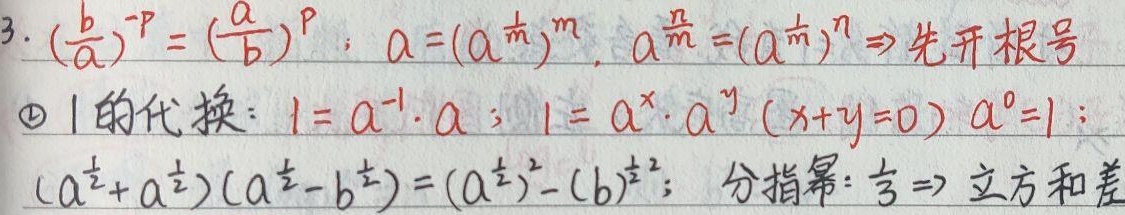
3. \((\frac{b}{a})^{-p}=(\frac{a}{b})^{p}\)；\(a=(a^{\frac{1}{m}})^{m}\)，\(a^{\frac{n}{m}}=(a^{\frac{1}{m}})^{n}\)，先开根号。
4. \(1\)的代换：\(1 = a^{-1}\cdot a\)；\(1 = a^{x}\cdot a^{y}\ (x + y = 0)\)，\(a^{0}=1\)；\((a^{\frac{1}{2}}+b^{\frac{1}{2}})(a^{\frac{1}{2}}-b^{\frac{1}{2}})=(a^{\frac{1}{2}})^{2}-(b^{\frac{1}{2}})^{2}\)；分指幂：\(\frac{1}{3}\)，意味着立方和差。